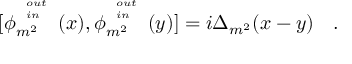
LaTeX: [ \phi _ { m ^ { 2 } } ^ { { \tiny \begin{array} { l } { { o u t } } \\ { { i n } } \end{array} } } ( x ) , \phi _ { m ^ { 2 } } ^ { { \tiny \begin{array} { l } { { o u t } } \\ { { i n } } \end{array} } } ( y ) ] = i \Delta _ { m ^ { 2 } } ( x - y ) ~ ~ ~ .